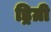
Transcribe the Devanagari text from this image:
ड्रिग्री